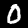
Label: 0